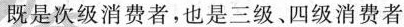
既是次级消费者，也是三级、四级消费者